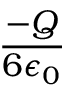
\frac { - Q } { 6 \epsilon _ { 0 } }